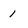
Character: I